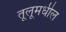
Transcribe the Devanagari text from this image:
तूलूमधील